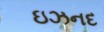
ઇઝનદ